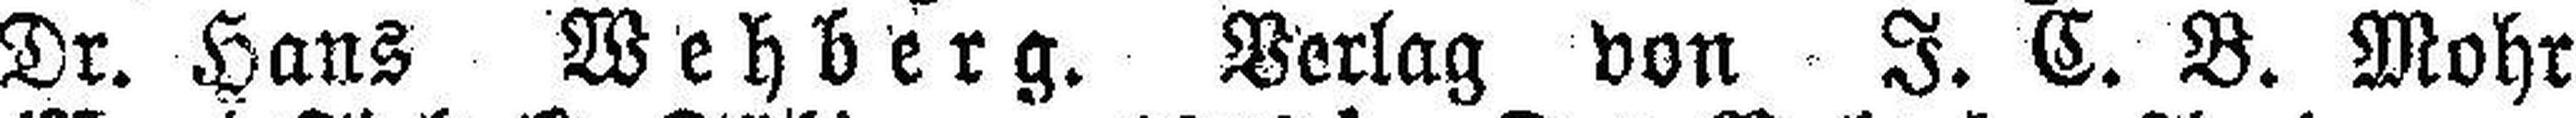
Dr. Hans Wehberg. Verlag von I. C. B. Mohr